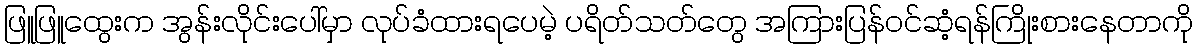
ဖြူဖြူထွေးက အွန်းလိုင်းပေါ်မှာ လုပ်ခံထားရပေမဲ့ ပရိတ်သတ်တွေ အကြားပြန်ဝင်ဆံ့ရန်ကြိုးစားနေတာကို